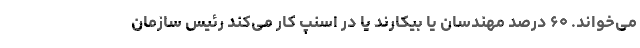
می‌خواند. ۶۰ درصد مهندسان یا بیکارند یا در اسنپ کار می‌کند رئیس سازمان